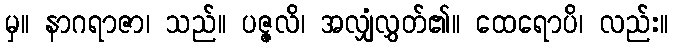
မှ။ နာဂရာဇာ၊ သည်။ ပဇ္ဇလိ၊ အလျှံလွှတ်၏။ ထေရောပိ၊ လည်း။